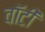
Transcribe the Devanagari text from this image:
वाॅटी